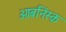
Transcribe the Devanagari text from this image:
ओबनिंस्क